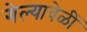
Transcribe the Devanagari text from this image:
गेल्यावेळीं